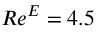
R e ^ { E } = 4 . 5